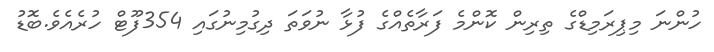
ހުންނަ މިޕިރަމިޑްގެ ތިރިން ކޮންމެ ފަރާތެއްގެ ފުޅާ ނުވަތަ ދިގުމިނުގައި 354ފޫޓް ހުރެއެވެ.ބޮޑު